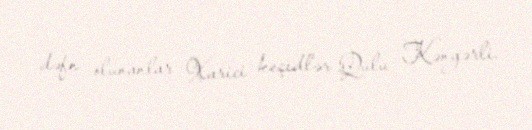
dəfn olunanlar Xarici keçidlər Qulu Kəngərli.